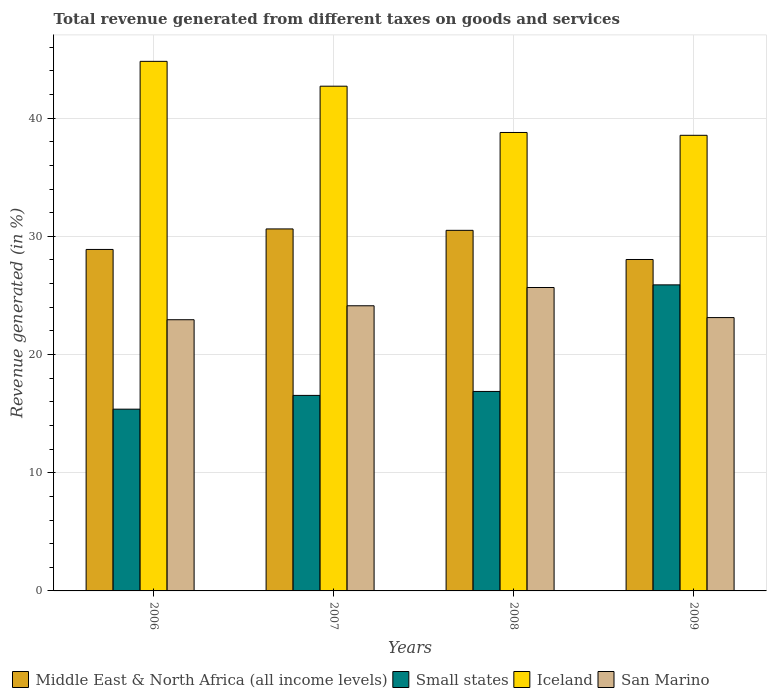
| Years | Middle East & North Africa (all income levels) | Small states | Iceland | San Marino |
 | --- | --- | --- | --- | --- |
 | 2006 | 28.9 | 15.4 | 44.8 | 22.9 |
 | 2007 | 30.6 | 16.5 | 42.7 | 24.1 |
 | 2008 | 30.5 | 16.9 | 38.8 | 25.7 |
 | 2009 | 28 | 25.9 | 38.5 | 23.1 |